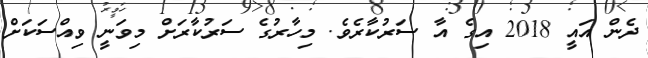
ދެން އައީ 2018 އިގެ އާ ސަރުކާރެވެ. މިހާރުގެ ސަރުކާރަށް މިވަނީ ވިއްސަކަށް